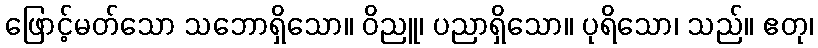
ဖြောင့်မတ်သော သဘောရှိသော။ ဝိညူ၊ ပညာရှိသော။ ပုရိသော၊ သည်။ ဧတု၊